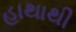
હાથાથી